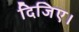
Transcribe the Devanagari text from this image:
दिजिए।